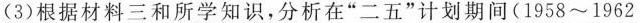
(3)根据材料三和所学知识，分析在”二五”计划期间(1958~1962